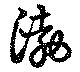
渤